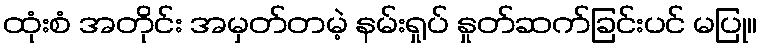
ထုံးစံ အတိုင်း အမှတ်တမဲ့ နမ်းရှုပ် နှုတ်ဆက်ခြင်းပင် မပြု။